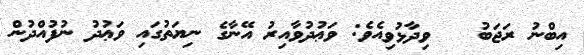
އިބްނު ރަޖަބު   ވިދާޅުވިއެވެ: ވަޢުދުވާއިރު އޭނާގެ ނިޔަތުގައި ވަޢުދު ނުފުއްދުން